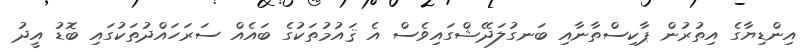
އިންޑިޔާގެ އިތުރުން ޕާކިސްތާނާއި ބަނގުލަދޭޝްގައިވެސް އެ ޤައުމުތަކުގެ ބައެއް ސަރަހައްދުތަކުގައި ބޮޑު އީދު